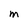
Character: m